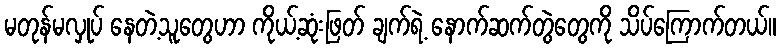
မတုန်မလှုပ် နေတဲ့သူတွေဟာ ကိုယ့်ဆုံးဖြတ် ချက်ရဲ့ နောက်ဆက်တွဲတွေကို သိပ်ကြောက်တယ်။